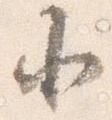
北